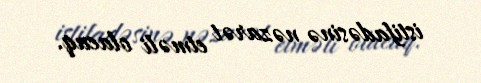
istifadəsinə nəzarət etməli olacaq.